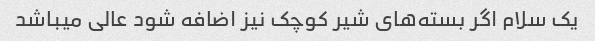
یک سلام اگر بسته‌های شیر کوچک نیز اضافه شود عالی میباشد